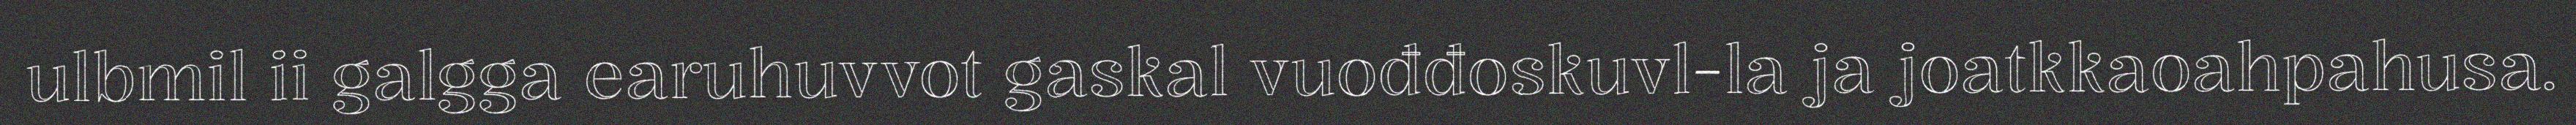
ulbmil ii galgga earuhuvvot gaskal vuođđoskuvl-la ja joatkkaoahpahusa.